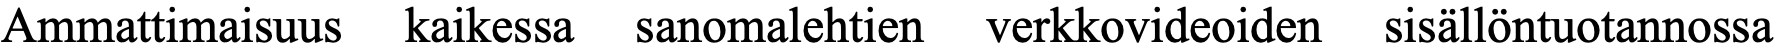
Ammattimaisuus kaikessa sanomalehtien verkkovideoiden sisällöntuotannossa